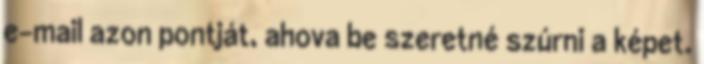
e-mail azon pontját, ahova be szeretné szúrni a képet.